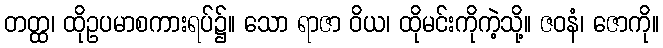
တတ္ထ၊ ထိုဥပမာစကားရပ်၌။ သော ရာဇာ ဝိယ၊ ထိုမင်းကိုကဲ့သို့။ ဇဝနံ၊ ဇောကို။